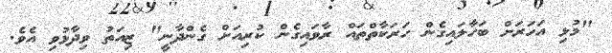
"މުޅި އަހަރަށް ބަހާލައިގެން ހަރަކާތްތައް ރާވައިގެން ކުރިއަށް ގެންދާނީ" ޒިއަތު ވިދާޅުވި އެވެ.